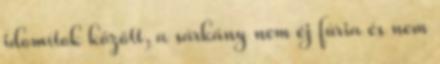
idomítok között, a sárkány nem éj fúria és nem